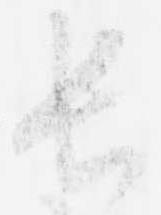
長